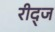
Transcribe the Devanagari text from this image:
रीद्ज